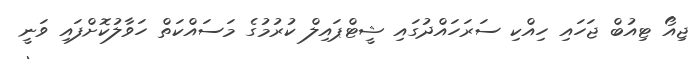
ޖިއޯ ޓިއުބް ޖަހައި ހިއްކި ސަރަހައްދުގައި ޝީޓްޕައިލް ކުރުމުގެ މަސައްކަތް ހަވާލުކޮށްފައި ވަނީ